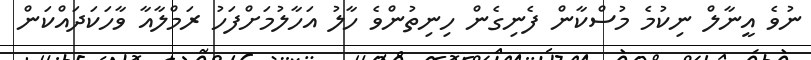
ނުވެ އީނާލް ނިކުމެ މުސްކާން ފެނިގެން ހިނިތުންވެ ހާލު އަހާލުމަށްފަހު ރަމްލާއާ ވާހަކަދައްކަން